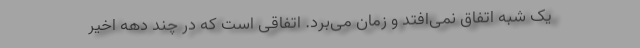
یک شبه اتفاق نمی‌افتد و زمان می‌برد. اتفاقی است که در چند دهه اخیر